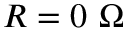
R = 0 ~ \Omega